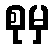
စုမှ